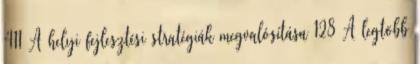
411 A helyi fejlesztési stratégiák megvalósítása 128 A legtöbb